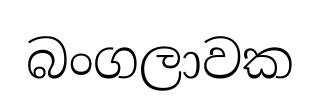
බංගලාවක